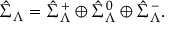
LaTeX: \hat { \Sigma } _ { { \Lambda } } = \hat { \Sigma } _ { { \Lambda } } ^ { + } \oplus \hat { \Sigma } _ { { \Lambda } } ^ { 0 } \oplus \hat { \Sigma } _ { { \Lambda } } ^ { - } .